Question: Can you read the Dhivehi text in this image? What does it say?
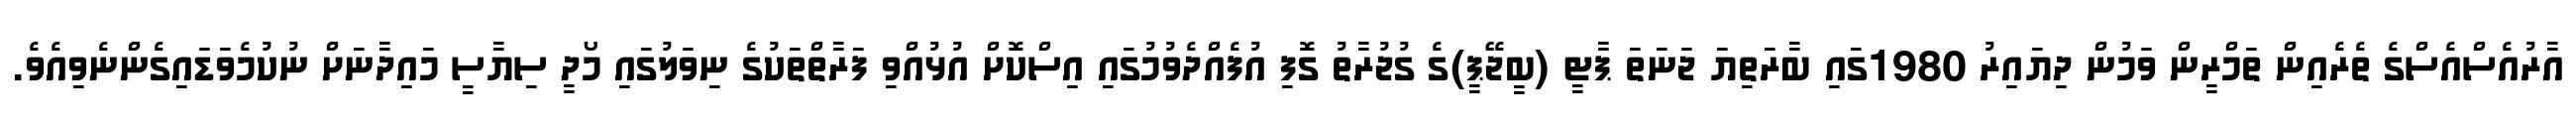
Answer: އާރުއެސްއެސްގެ ތެރެއިން ތަމްރީން ވަމުން ދިޔައިރު 1980ގައި ބާރަތިޔަ ޖަނަތަ ޕާޓީ (ބީޖޭޕީ)ގެ ގުޖުރާތު ގޮފި އުފެއްދެވުމުގައި އިސްކޮށް އުޅުއްވި ފަރާތްތަކުގެ ނިވަލުގައި މޯދީ ސިޔާސީ މައިދާނަށް ނުކުމެވަޑައިގެންނެވިއެވެ.